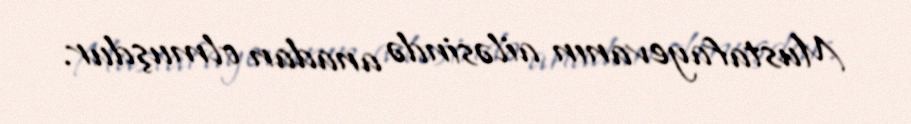
Mustafayevanın ailəsində anadan olmuşdur.